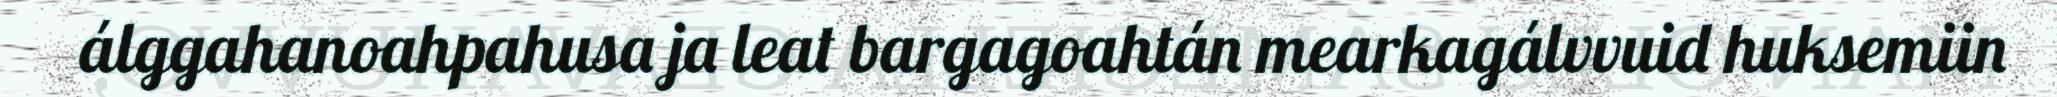
álggahanoahpahusa ja leat bargagoahtán mearkagálvvuid huksemiin